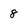
Character: 8